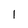
Character: 1